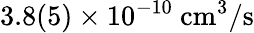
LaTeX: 3.8(5)\times 10^{-10}~\mathrm{{cm^{3}/s}}